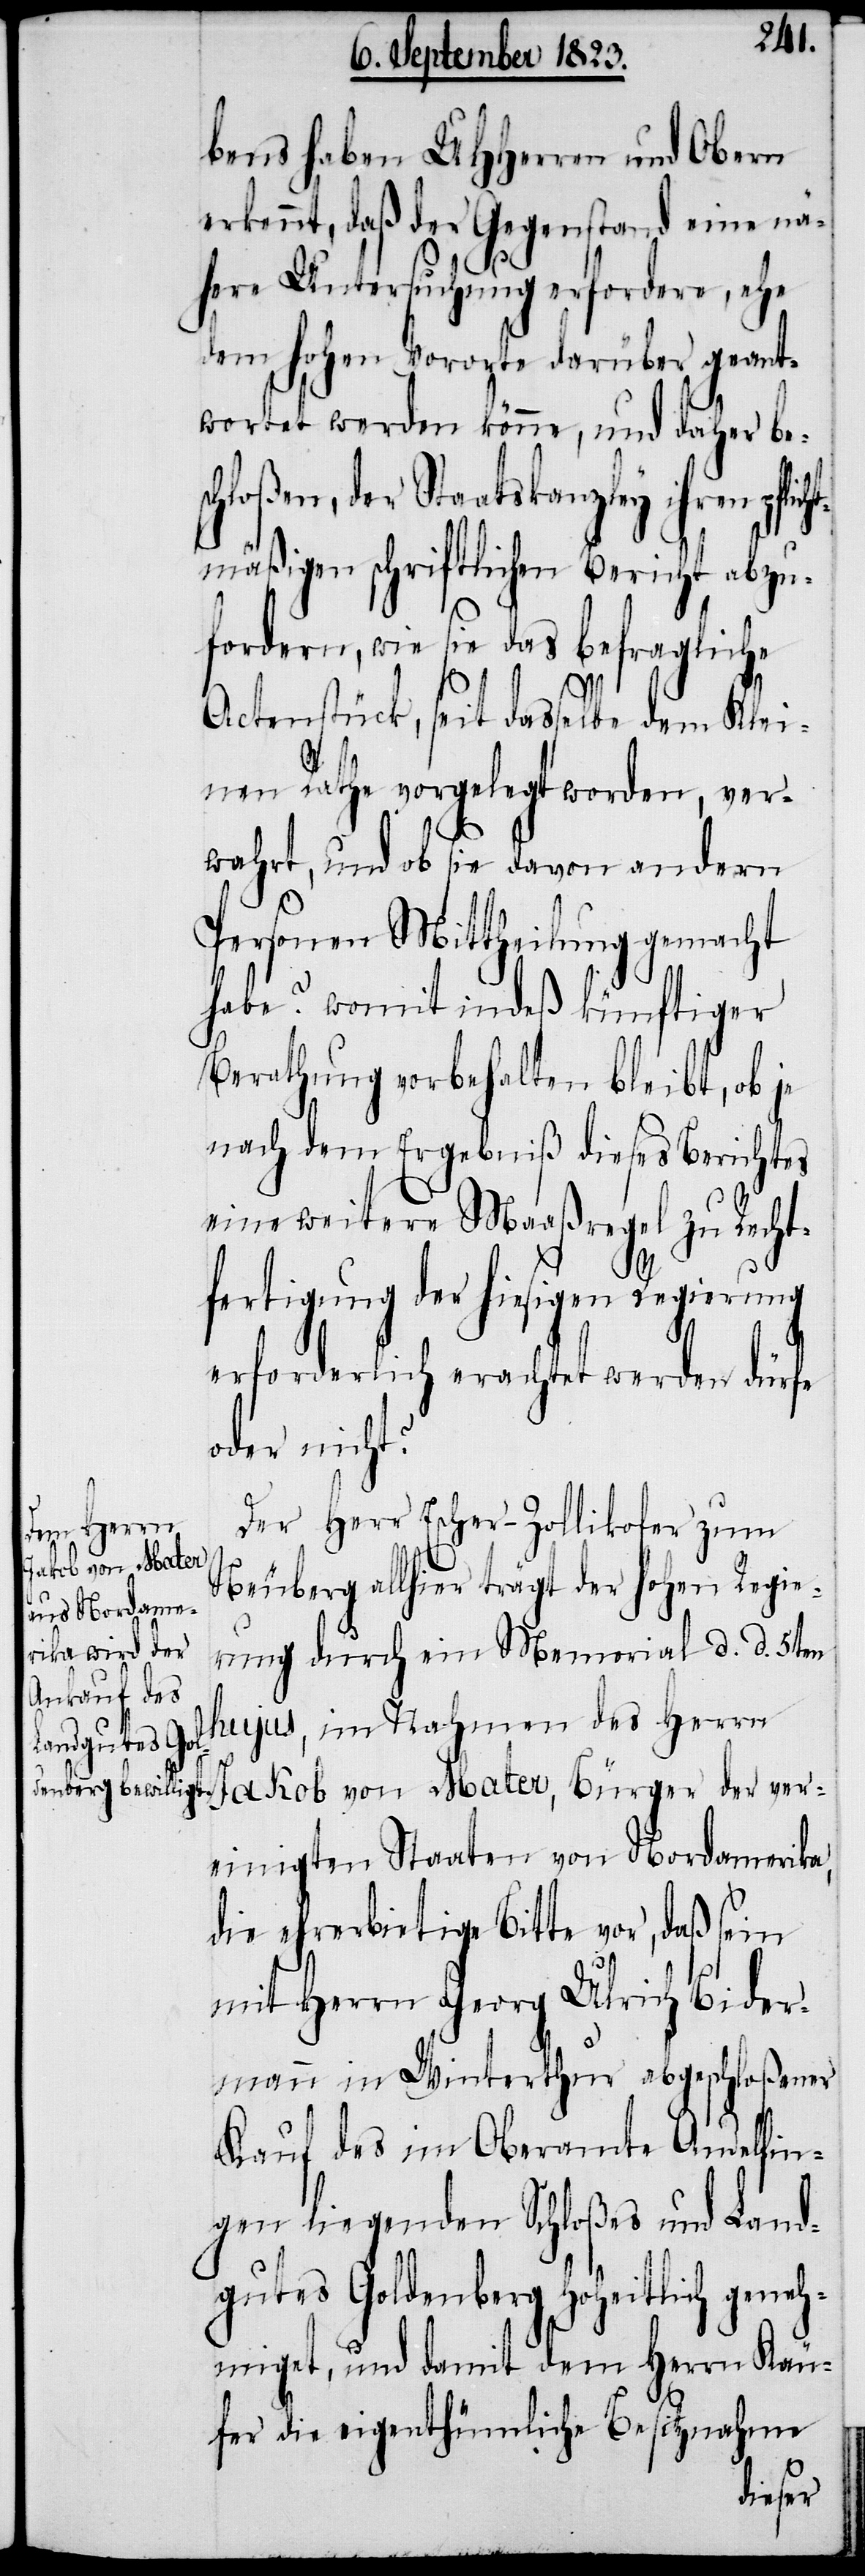
bens haben UHHerren und Obern
erkennt, daß der Gegenstand eine nä¬
here Untersuchung erfordere, ehe
dem hohen Vororte darüber geant¬
wortet werden könne, und daher bes¬
chloßen, der Staatskanzley ihren pfli¬
mäßigen schriftlichen Bericht abzuf¬
ordern, wie sie das befragliche
Actenstück, seit dasselbe dem Klei¬
nen Rathe vorgelegt worden, ver¬
wahrt, und ob sie davon andern
Personen Mittheilung gemacht
habe? womit indeß künftiger
Berathung vorbehalten bleibt, ob je
nach dem Ergebniß dieses Berichtes
eine weitere Maaßregel
zu Recht¬
fertigung der hiesigen
erforderlich erachtet
Regie¬
oder nicht?
Der Herr Escher-Zollikofer zum
Neuberg allhier trägt der hohen
rung durch ein Memorial d. d. 5ten
hujus, im Nahmen des Herrn
Jakob von Mater, Bürger der ver¬
einigten Staaten von Nordamerika,
die ehrerbietige Bitte vor, daß sein
mit Herrn Georg Ulrich Bider¬
mann in Winterthur abgeschloßener
Kauf des im Oberamte Andelfin¬
gen liegenden Schloßes und Land¬
gutes Goldenberg Hoheitlich geneh¬
miget, und damit dem Herrn Käu¬
fer die eigenthümliche Besitznahme